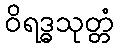
ဝိရဒ္ဓသုတ္တံ